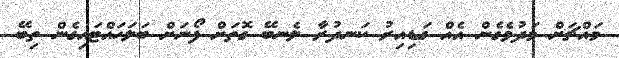
މައްޗަށް މަދުވެގެން އެއް ގަޑިއިރު ކަނދުރާ ލެނބޭ ގޮތަށް ފޯނަށް ބަލަހައްޓައިގެން ތިބޭ